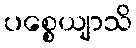
ပစ္စေယျာသိ